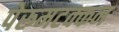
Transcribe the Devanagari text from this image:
पेरुमटक्कन